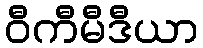
ဝီကီမီဒီယာ